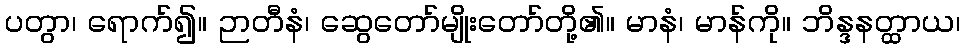
ပတွာ၊ ရောက်၍။ ဉာတီနံ၊ ဆွေတော်မျိုးတော်တို့၏။ မာနံ၊ မာန်ကို။ ဘိန္ဒနတ္ထာယ၊